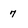
Character: 7